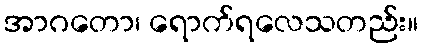
အာဂတော၊ ရောက်ရလေသတည်း။